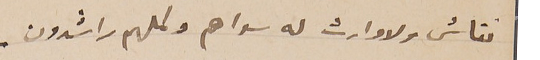
نقاش ولا وارث له سواهم وكلهم راشدون _